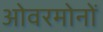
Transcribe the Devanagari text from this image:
ओवरमोनों